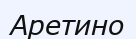
Аретино